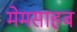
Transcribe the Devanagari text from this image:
मेमसाहब